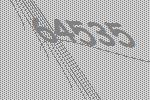
64535